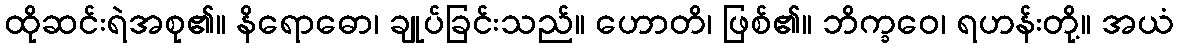
ထိုဆင်းရဲအစု၏။ နိရောဓော၊ ချုပ်ခြင်းသည်။ ဟောတိ၊ ဖြစ်၏။ ဘိက္ခဝေ၊ ရဟန်းတို့။ အယံ